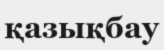
қазықбау